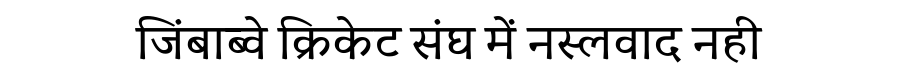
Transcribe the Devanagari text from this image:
जिंबाब्वे क्रिकेट संघ में नस्लवाद नही